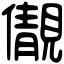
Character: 儬